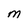
Character: M